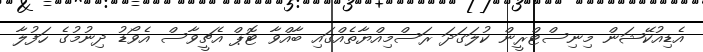
އެޑިއުކޭޝަން މިނިސްޓްރީން ކުލަގަދަ ރަސްމިއްޔާތެއްގައި ބާއްވާ ޓޮޕް އެޗީވާސް އެވޯޑު ދިނުމުގެ ހަފުލާ